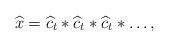
LaTeX: \begin{align*}\widehat{x}=\widehat{c}_t\ast\widehat{c}_t\ast\widehat{c}_t\ast\ldots,\end{align*}